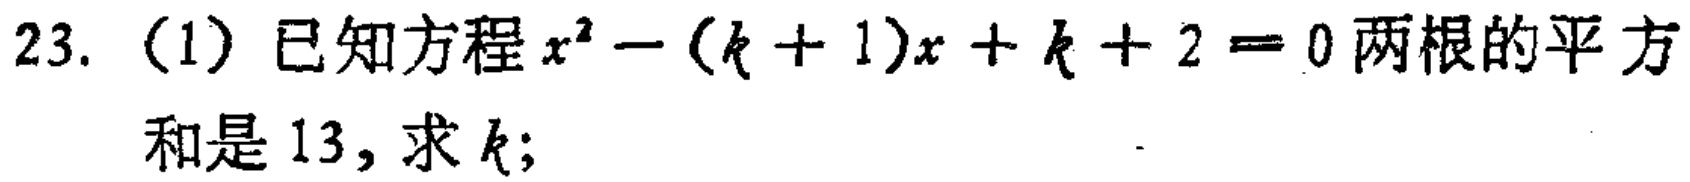
23. （1）已知方程\(x^{2}-(k + 1)x + k + 2 = 0\)两根的平方和是13，求\(k\)；